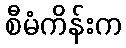
စီမံကိန်းက